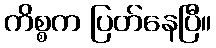
ကိစ္စက ပြတ်နေပြီ။